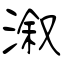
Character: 溆